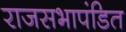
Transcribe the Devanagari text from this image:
राजसभापंडित